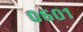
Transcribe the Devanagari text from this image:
०६०१